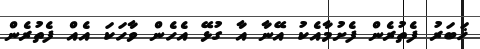
ޚަބަރު ފެތުރެން ފެށުމާއެކު އޭނާ އާ ގުޅޭ އެހެން ވާހަކަ އެއް ފެތުރެން